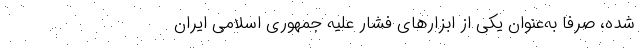
شده، صرفاً به‌عنوان یکی از ابزارهای فشار علیه جمهوری اسلامی ایران